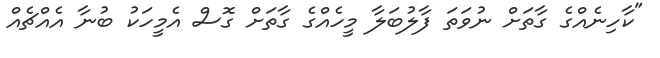
"ކާހިނެއްގެ ގާތަށް ނުވަތަ ފާލުބަލާ މީހެއްގެ ގާތަށް ގޮސް އެމީހަކު ބުނާ އެއްޗެއް